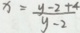
x = \frac { y - 2 + 4 } { y - 2 }